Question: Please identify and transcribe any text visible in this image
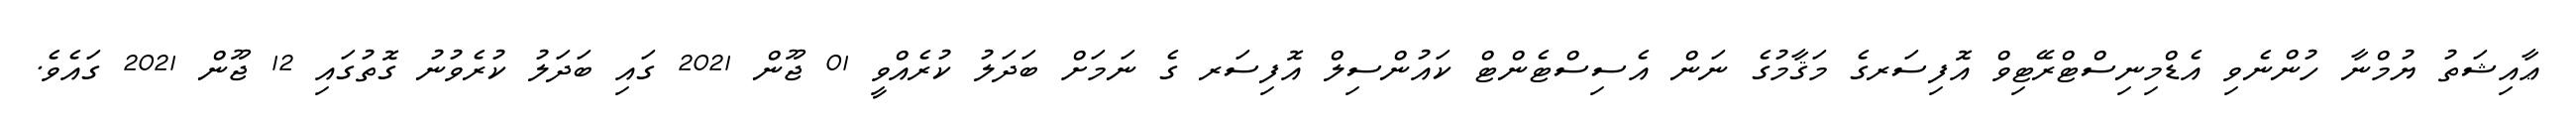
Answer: ޢާއިޝަތު ޔުމްނާ ހުންނެވި އެޑްމިނިސްޓްރޭޓިވް އޮފިސަރގެ މަޤާމުގެ ނަން އެސިސްޓެންޓް ކައުންސިލް އޮފިސަރ ގެ ނަމަށް ބަދަލު ކުރެއްވީ 01 ޖޫން 2021 ގައި ބަދަލު ކުރެވުނު ގޮތުގައި 12 ޖޫން 2021 ގައެވެ.